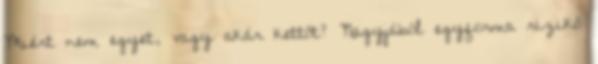
Miért nem egyet, vagy akár kettőt? Nagyjából egyforma rizikó